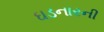
ઘડનારની